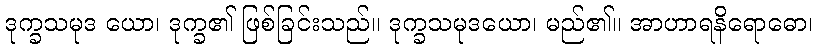
ဒုက္ခသမုဒ ယော၊ ဒုက္ခ၏ ဖြစ်ခြင်းသည်။ ဒုက္ခသမုဒယော၊ မည်၏။ အာဟာရနိရောဓော၊